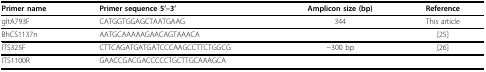
<table><thead><tr><td><b>Primer name</b></td><td><b>Primer sequence 5&#x27;--3&#x27;</b></td><td><b>Amplicon size (bp)</b></td><td><b>Reference</b></td></tr></thead><tbody><tr><td>gltA793F</td><td>CATGGTGGAGCTAATGAAG</td><td>344</td><td>This article</td></tr><tr><td>BhCS1137n</td><td>AATGCAAAAAGAACAGTAAACA</td><td></td><td>[25]</td></tr><tr><td>ITS325F</td><td>CTTCAGATGATGATCCCAAGCCTTCTGGCG</td><td>~300 bp</td><td>[26]</td></tr><tr><td>ITS1100R</td><td>GAACCGACGACCCCCTGCTTGCAAAGCA</td><td></td><td></td></tr></tbody></table>